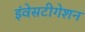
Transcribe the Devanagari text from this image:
इंवेसटीगेशन